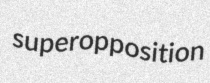
superopposition